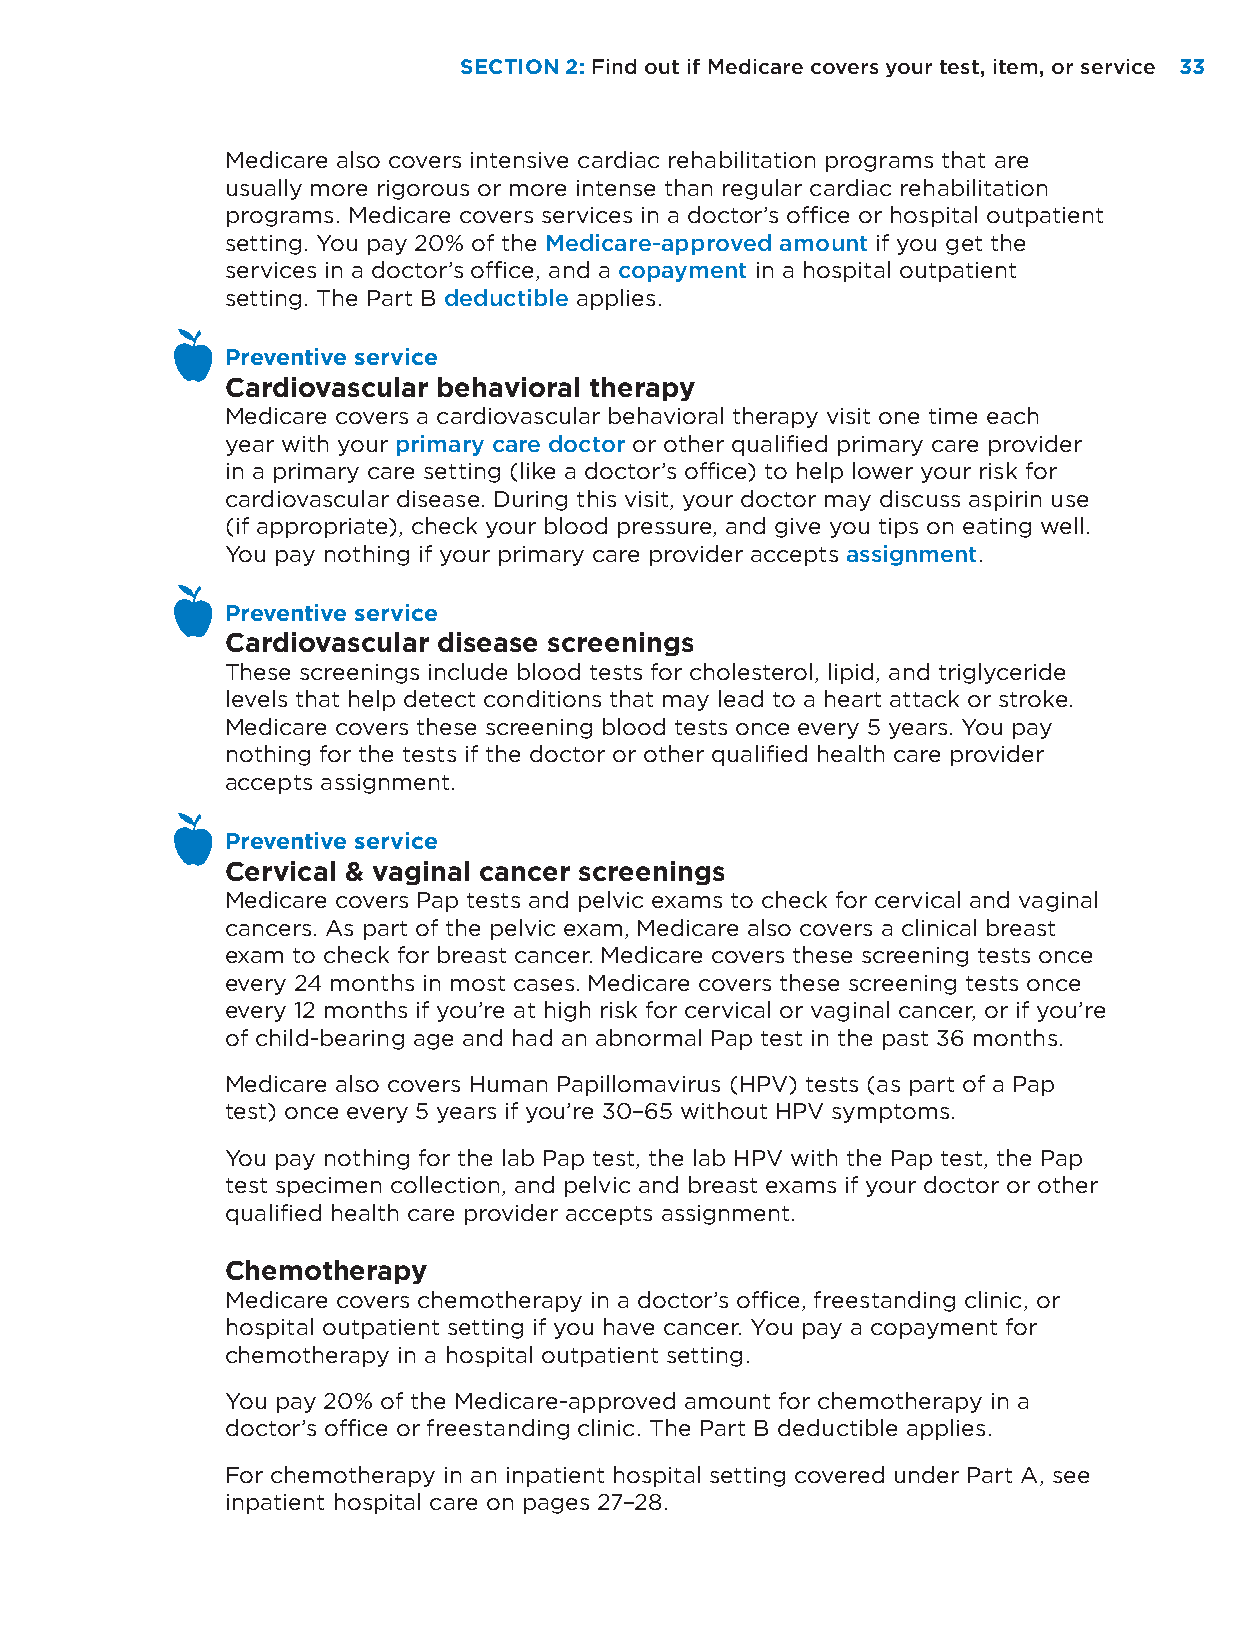
SECTION 2: Find out if Medicare covers your test, item, or service 33
 Medicare also covers intensive cardiac rehabilitation programs that are
 usually more rigorous or more intense than regular cardiac rehabilitation
 programs. Medicare covers services in a doctor’s office or hospital outpatient
 setting. You pay 20% of the Medicare-approved amount if you get the
 services in a doctor’s office, and a copayment in a hospital outpatient
 setting. The Part B deductible applies.
 Preventive service
 Cardiovascular behavioral therapy
 Medicare covers a cardiovascular behavioral therapy visit one time each
 year with your primary care doctor or other qualified primary care provider
 in a primary care setting (like a doctor’s office) to help lower your risk for
 cardiovascular disease. During this visit, your doctor may discuss aspirin use
 (if appropriate), check your blood pressure, and give you tips on eating well.
 You pay nothing if your primary care provider accepts assignment.
 Preventive service
 Cardiovascular disease screenings
 These screenings include blood tests for cholesterol, lipid, and triglyceride
 levels that help detect conditions that may lead to a heart attack or stroke.
 Medicare covers these screening blood tests once every 5 years. You pay
 nothing for the tests if the doctor or other qualified health care provider
 accepts assignment.
 Preventive service
 Cervical & vaginal cancer screenings
 Medicare covers Pap tests and pelvic exams to check for cervical and vaginal
 cancers. As part of the pelvic exam, Medicare also covers a clinical breast
 exam to check for breast cancer. Medicare covers these screening tests once
 every 24 months in most cases. Medicare covers these screening tests once
 every 12 months if you’re at high risk for cervical or vaginal cancer, or if you’re
 of child-bearing age and had an abnormal Pap test in the past 36 months.
 Medicare also covers Human Papillomavirus (HPV) tests (as part of a Pap
 test) once every 5 years if you’re 30–65 without HPV symptoms.
 You pay nothing for the lab Pap test, the lab HPV with the Pap test, the Pap
 test specimen collection, and pelvic and breast exams if your doctor or other
 qualified health care provider accepts assignment.
 Chemotherapy
 Medicare covers chemotherapy in a doctor’s office, freestanding clinic, or
 hospital outpatient setting if you have cancer. You pay a copayment for
 chemotherapy in a hospital outpatient setting.
 You pay 20% of the Medicare-approved amount for chemotherapy in a
 doctor’s office or freestanding clinic. The Part B deductible applies.
 For chemotherapy in an inpatient hospital setting covered under Part A, see
 inpatient hospital care on pages 27–28.